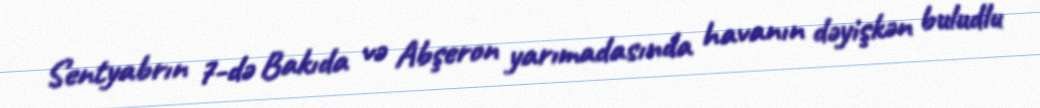
Sentyabrın 7-də Bakıda və Abşeron yarımadasında havanın dəyişkən buludlu